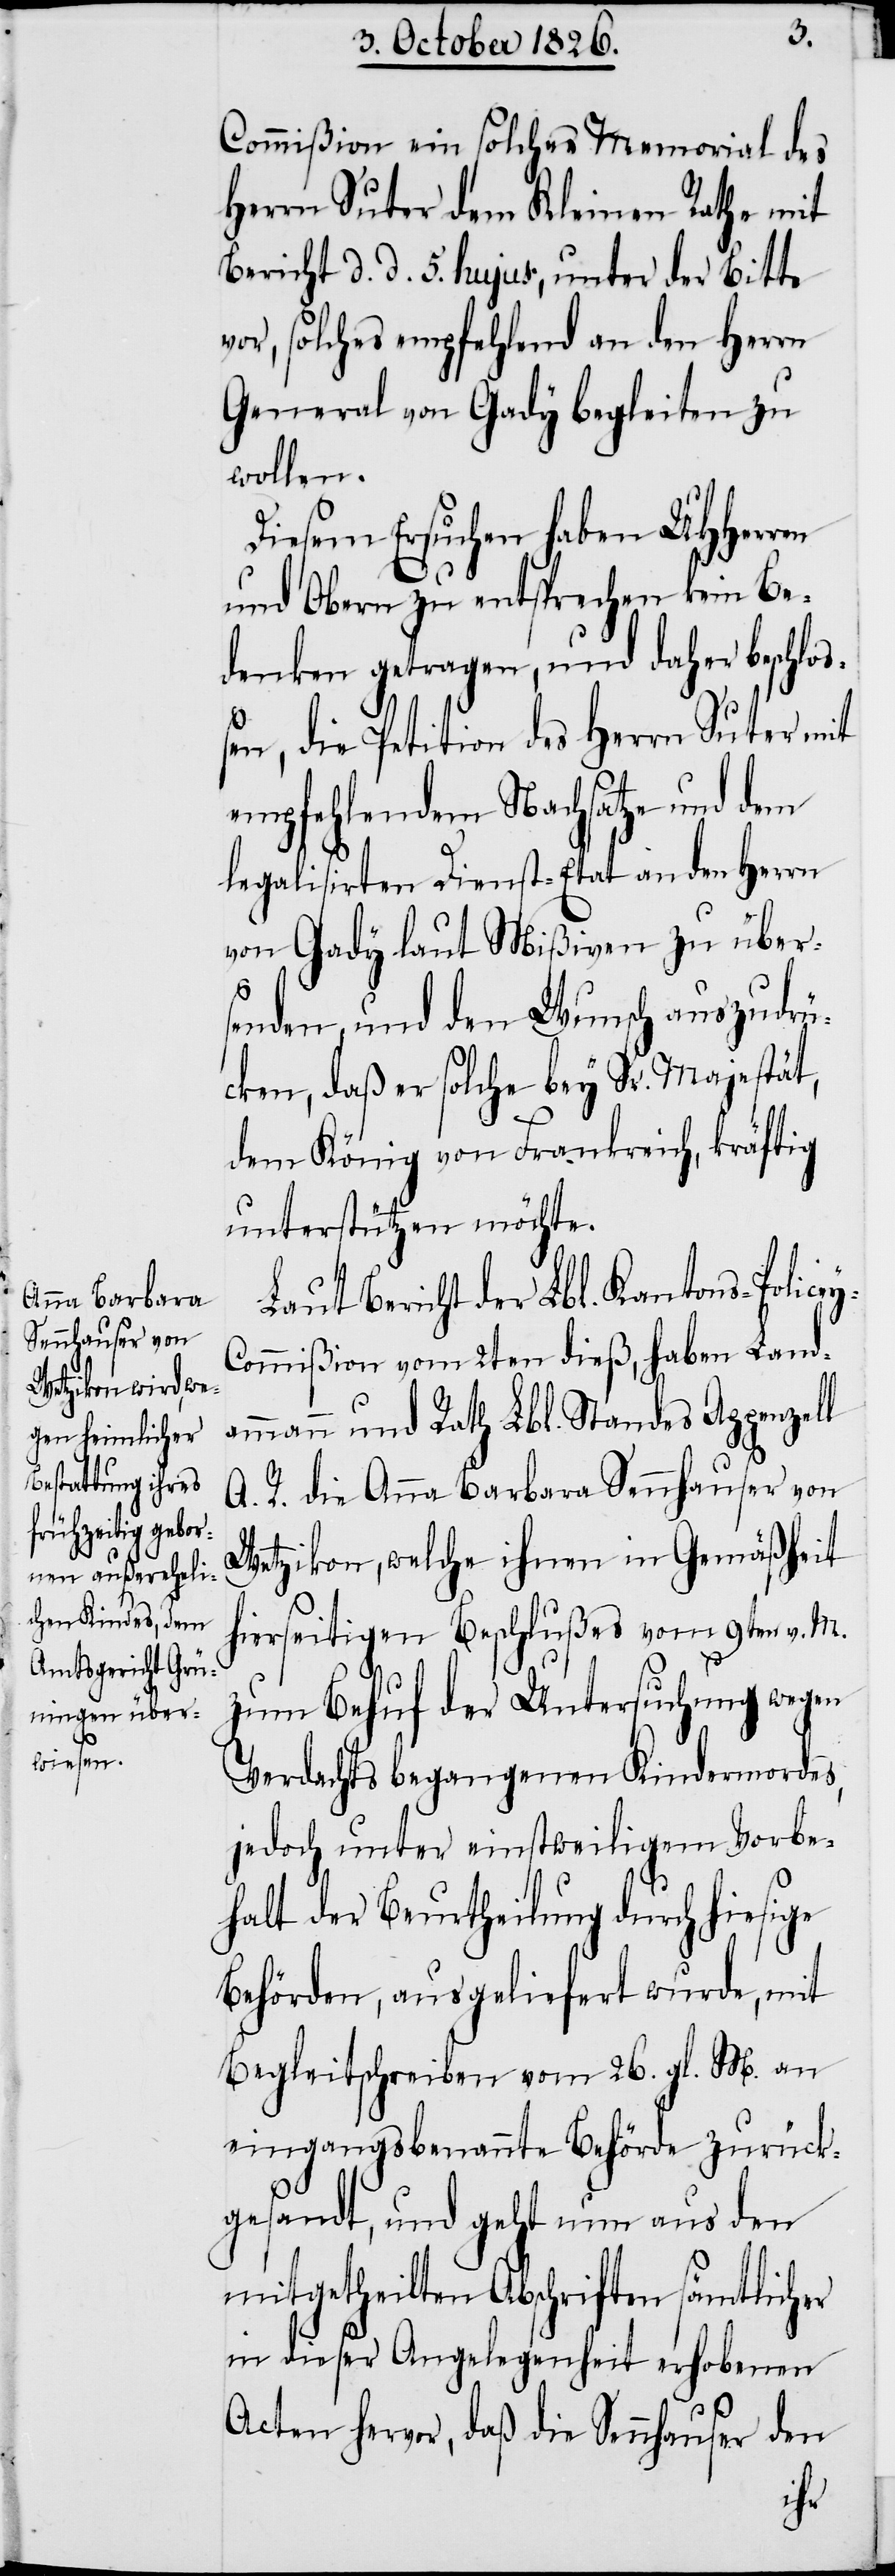
Commißion ein solches Memorial des
Herrn Suter dem Kleinen Rathe mit
Bericht d. d. 5. hujus, unter der Bitte
vor, solches empfehlend an den Herrn
General von Gady begleiten zu
wollen.
Diesem Ersuchen haben MHHerren
und Obern zu entsprechen kein Be¬
denken getragen, und daher beschloß¬
en, die Petition des Herrn Suter mit
empfehlendem Nachsatze und dem
legalisirten Dienst-Etat an den Herrn
von Gady laut Mißiven zu über¬
senden, und den Wunsch auszudrü¬
cken, daß er solche bey Sr. Majestät,
dem König von Frankreich, kräftig
unterstützen möchte.
Laut Bericht der Lbl. Kantons-Police¬
ommißion vom 2ten dieß, haben Land¬
ammann und Rath Lbl. Standes Appenzell
A. R. die Anna Barbara Sennhauser von
Wetzikon, welche ihnen in Gemäßheit
hierseitigen Beschlußes vom 9ten v. M.
zum Behuf der Untersuchung wegen
Verdachts begangenen Kindermordes,
jedoch unter einstweiligem Vorbe¬
halt der Beurtheilung durch hiesige
Behörden, ausgeliefert wurde, mit
Begleitschreiben vom 26. gl. M. an
eingangsbenannte Behörde zurück¬
gesandt, und geht nun aus den
mitgetheilten Abschriften sämtlicher
in dieser Angelegenheit erhobenen
Acten hervor, daß die Sennhauser den
y-C¬